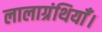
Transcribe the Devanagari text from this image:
लालाग्रंथियाँ।